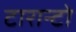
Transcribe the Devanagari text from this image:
टारान्टो